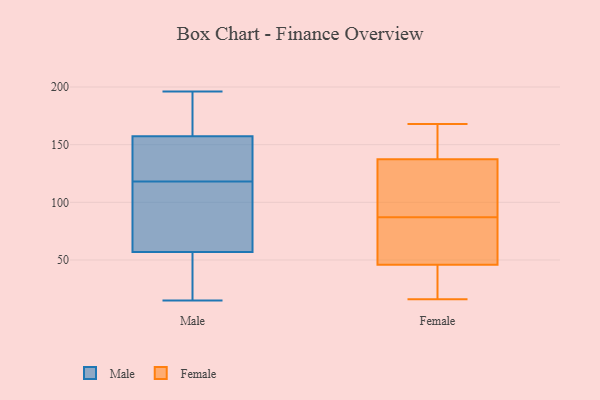
{"axis": {"x": "Humidity (%)", "y": "Value"}, "legend": ["Female", "Male"], "data": [{"x": "", "y": 108, "type": "Male"}, {"x": "", "y": 21, "type": "Male"}, {"x": "", "y": 116, "type": "Male"}, {"x": "", "y": 40, "type": "Male"}, {"x": "", "y": 192, "type": "Male"}, {"x": "", "y": 113, "type": "Male"}, {"x": "", "y": 15, "type": "Male"}, {"x": "", "y": 133, "type": "Male"}, {"x": "", "y": 118, "type": "Male"}, {"x": "", "y": 196, "type": "Male"}, {"x": "", "y": 38, "type": "Male"}, {"x": "", "y": 152, "type": "Male"}, {"x": "", "y": 166, "type": "Male"}, {"x": "", "y": 124, "type": "Male"}, {"x": "", "y": 159, "type": "Male"}, {"x": "", "y": 49, "type": "Female"}, {"x": "", "y": 87, "type": "Female"}, {"x": "", "y": 34, "type": "Female"}, {"x": "", "y": 165, "type": "Female"}, {"x": "", "y": 16, "type": "Female"}, {"x": "", "y": 37, "type": "Female"}, {"x": "", "y": 84, "type": "Female"}, {"x": "", "y": 80, "type": "Female"}, {"x": "", "y": 100, "type": "Female"}, {"x": "", "y": 168, "type": "Female"}, {"x": "", "y": 168, "type": "Female"}, {"x": "", "y": 128, "type": "Female"}, {"x": "", "y": 108, "type": "Female"}]}